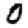
Digit: 0